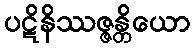
ပဋိနိဿဇ္ဇန္တိယော